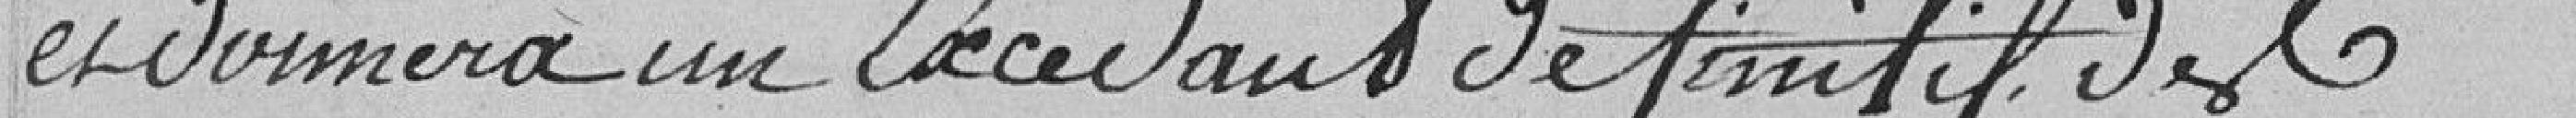
et donnera un excédent définitif des